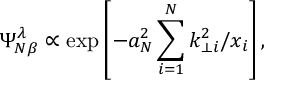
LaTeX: \Psi _ { N \beta } ^ { \lambda } \propto \exp { \left[ - a _ { N } ^ { 2 } \sum _ { i = 1 } ^ { N } k _ { \perp i } ^ { 2 } / x _ { i } \right] } \, ,